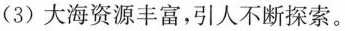
(3)大海资源丰富，引人不断探索。